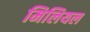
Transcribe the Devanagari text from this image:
मिलियल